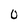
Character: 0